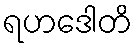
ရဟဒေါတိ